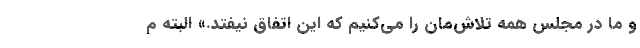
و ما در مجلس همه تلاش‌مان را می‌كنیم كه این اتفاق نیفتد.» البته م